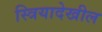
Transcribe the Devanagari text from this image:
स्त्रियादेखील